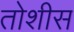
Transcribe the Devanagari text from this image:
तोशीस